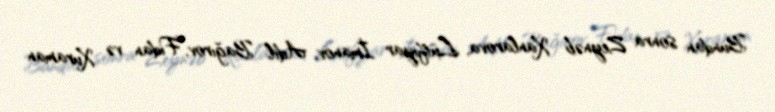
Bundan sonra Zeynəb Xanlarova, Lütfiyar İmanov, Adil Bağırov, Fidan və Xuraman